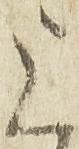
上